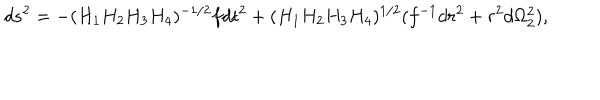
d s ^ { 2 } = - ( H _ { 1 } H _ { 2 } H _ { 3 } H _ { 4 } ) ^ { - 1 / 2 } f d t ^ { 2 } + ( H _ { 1 } H _ { 2 } H _ { 3 } H _ { 4 } ) ^ { 1 / 2 } ( f ^ { - 1 } d r ^ { 2 } + r ^ { 2 } d \Omega _ { 2 } ^ { 2 } ) ,